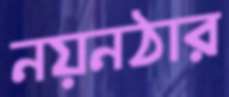
নয়নঠার